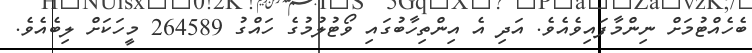
ބެހެއްޓުމަށް ނިންމާފައިވެއެވެ. އަދި އެ އިންތިހާބުގައި ވޯޓުލުމުގެ ހައްގު 264589 މީހަކަށް ލިބެއެވެ.